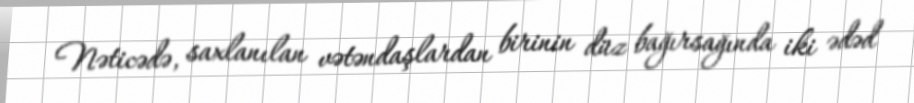
Nəticədə, saxlanılan vətəndaşlardan birinin düz bağırsağında iki ədəd